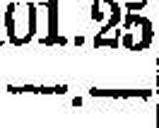
—.—